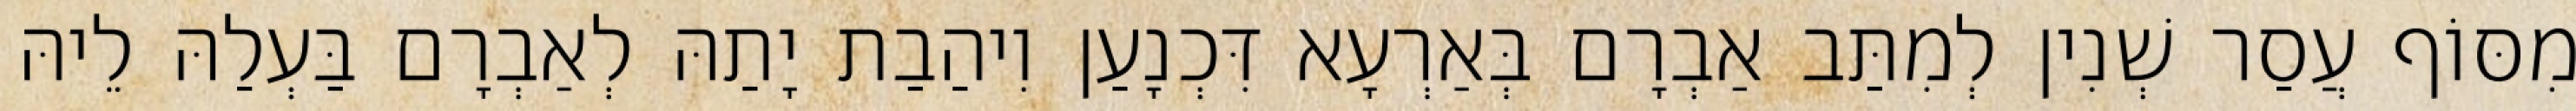
מִסּוֹף עֲסַר שְׁנִין לְמִתַּב אַבְרָם בְּאַרְעָא דִּכְנָעַן וִיהַבַת יָתַהּ לְאַבְרָם בַּעְלַהּ לֵיהּ